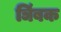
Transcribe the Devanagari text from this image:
ञिंबक